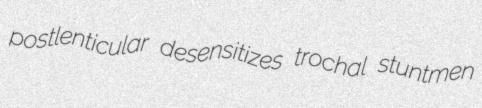
postlenticular desensitizes trochal stuntmen